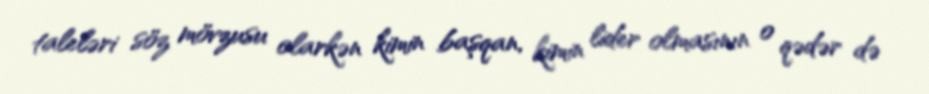
taleləri söz mövzusu olarkən kimin başqan, kimin lider olmasının o qədər də